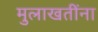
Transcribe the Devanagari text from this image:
मुलाखतींना